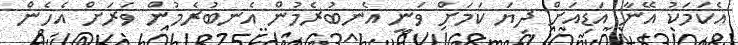
އެކަމަކު އޭނާ އަޑިއަށް ދިޔަ ކަމަށް ވަނީ އެނބުރެމުން އެނބުރެމުން ވަރަށް އެހެން